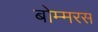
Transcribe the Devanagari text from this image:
बोम्मरस